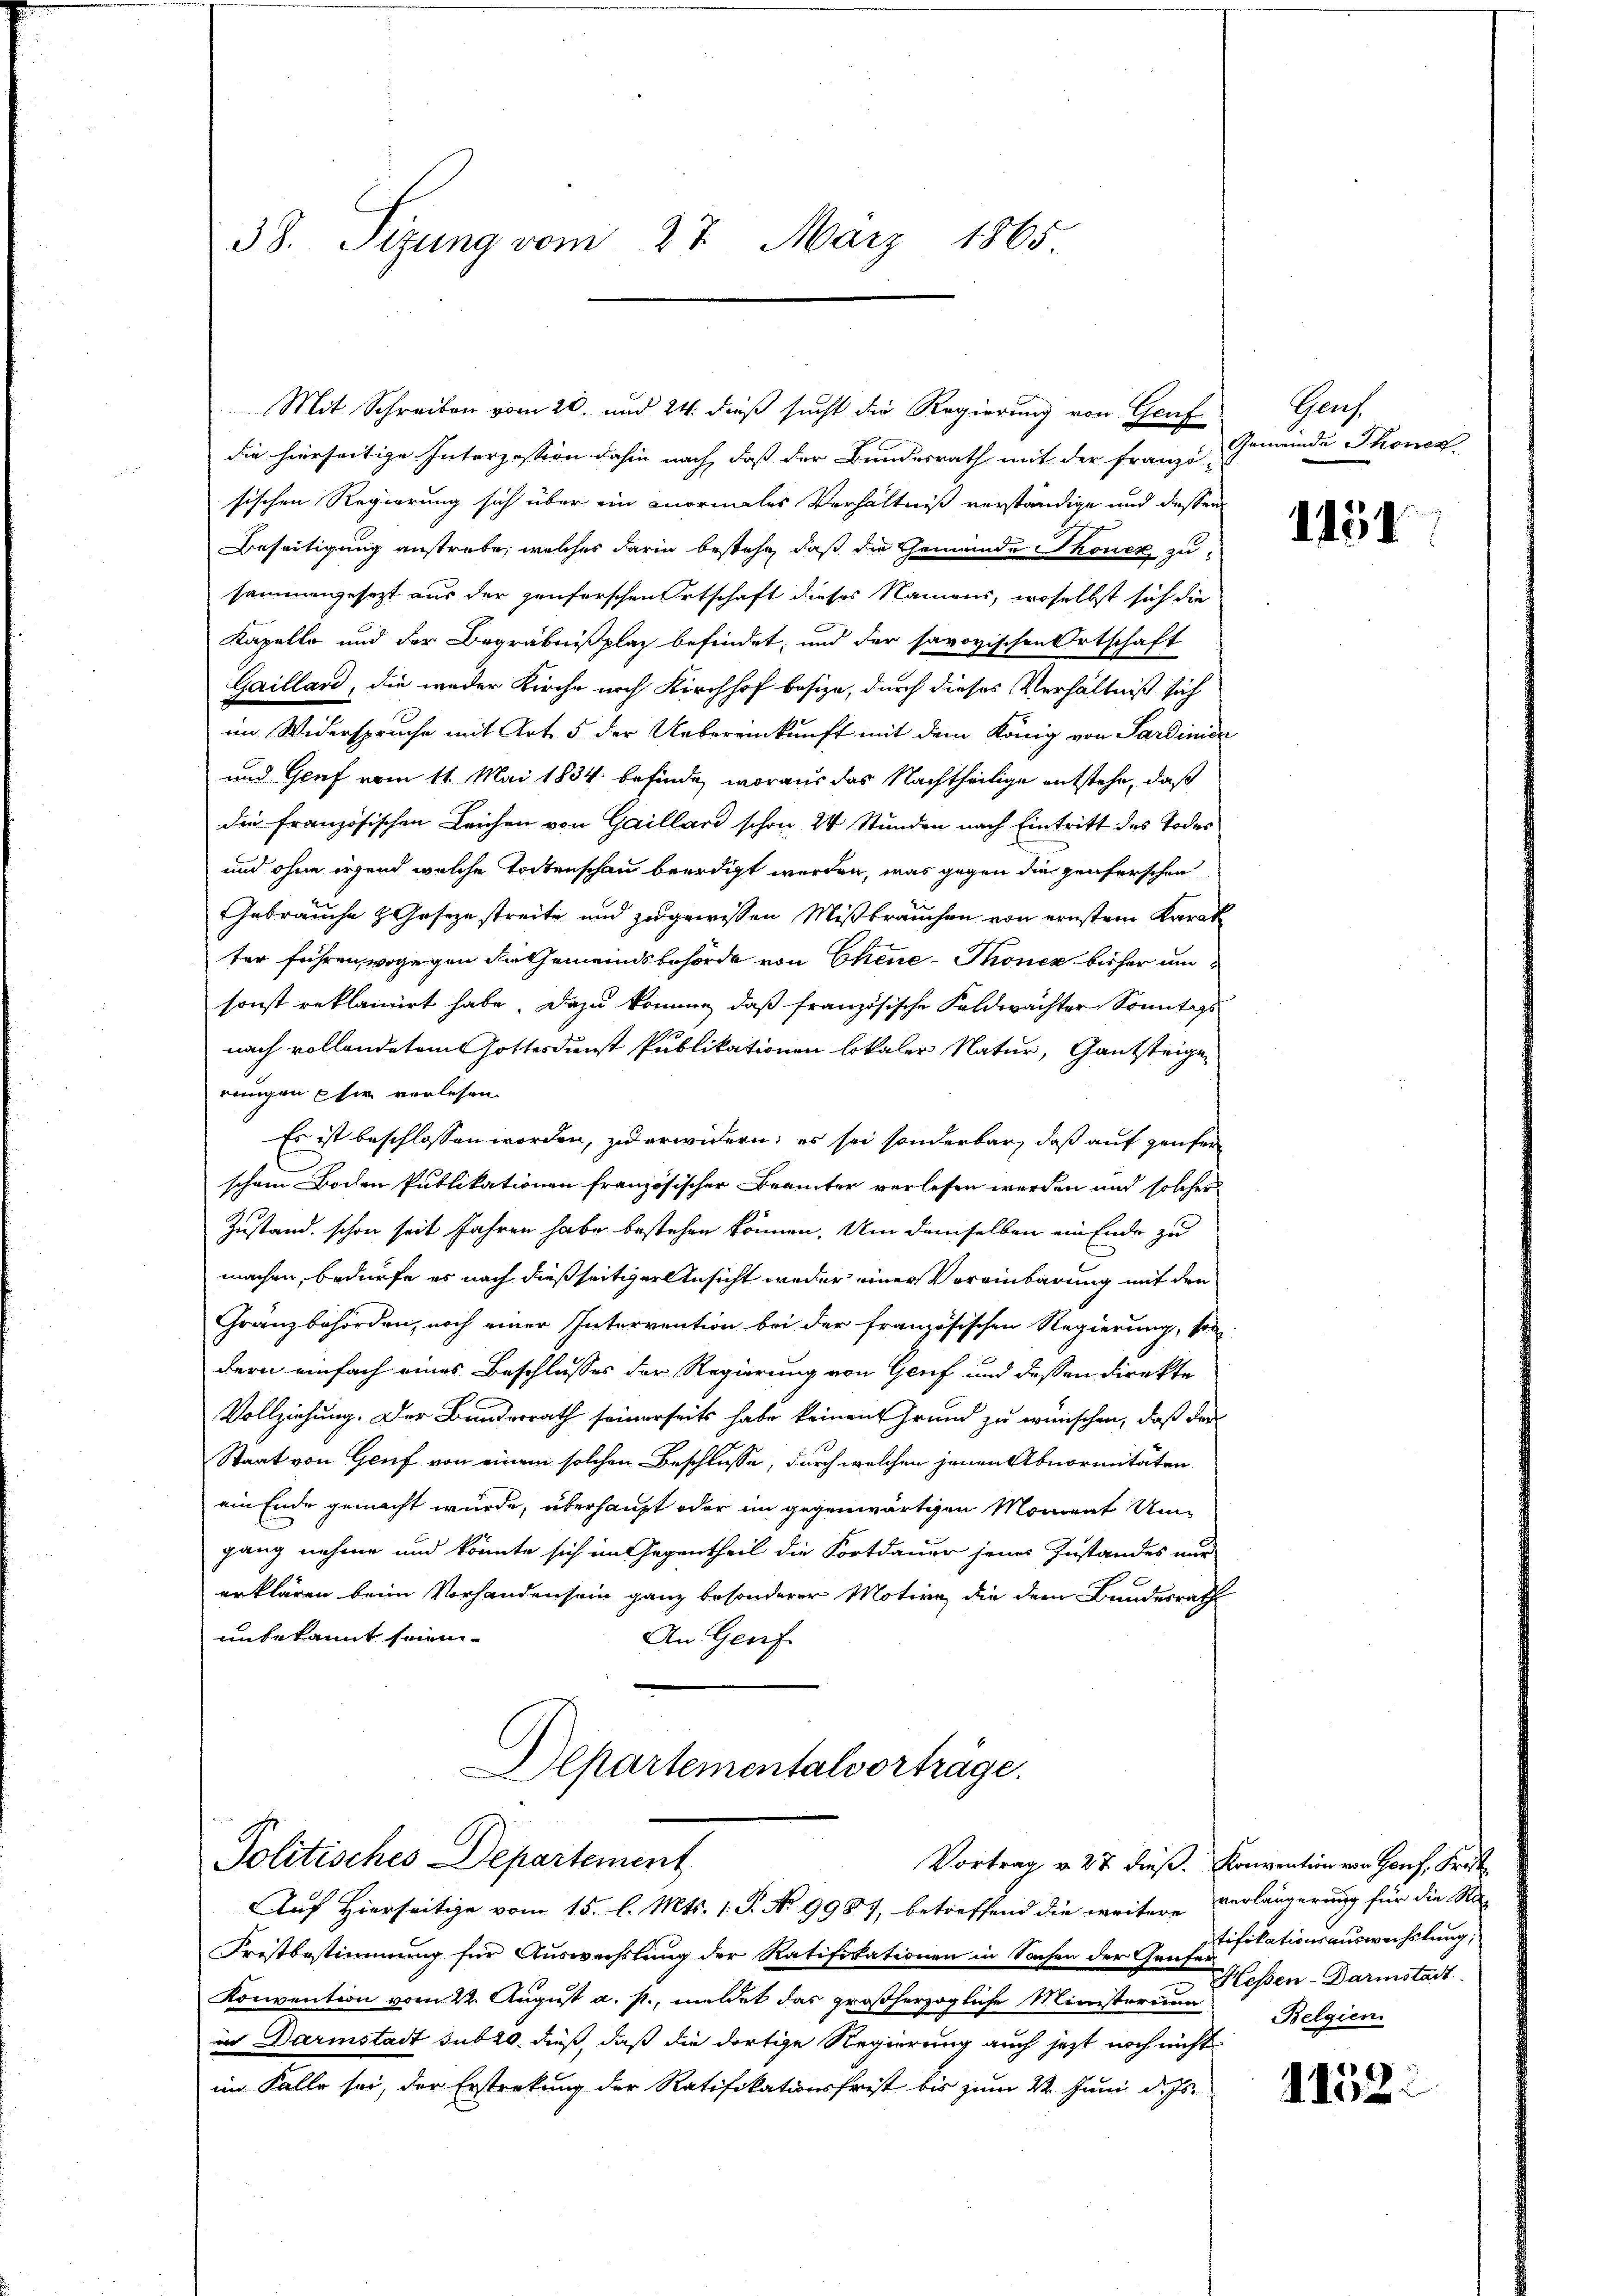
38. Sizung vom 27. März 1865.

Mit Schreiben vom 20. und 24. dieß sucht die Regierung von Genf
die hierseitige Interzession dahin nach, daß der Bundesrath mit der Franzö-
sischen Regierung sich über ein vormales Verhältniß verständige und diessen
Beseitigung anstrebe, welches darin bestehe, daß die Gemeinde Thoner zu
sammengesetzt aus der häuferschen Ortschaft dieses Namens, woselbst sich die
Kapelle und der Begräbnißplaz befindet; und der savoyischen Ortschaft
Gailland, die weder Kirche noch Kirchhof besize, durch dieses Verhältniß sich
im Widerspruche mit Art. 5 der Uebereinkunft mit dem König von Sardinien
und Graf vom 11. Mai 1834 befinde, woraus das Nachtheilige entstehe, daß
die französischen Leichen von Gaillard schon 24 Stunden nach Eintritt des Todes¬
und ohne irgend welche Tochtenschau beerdigt werden, was gegen die penferschen
Gebrauche z. Geseze streite und zugewissen Mißbrauchen von ernstem Karat
ter führen, wogegen der Gemeindsbehörde von Chene - Thoner bisher um
sonst reklainirt habe. Dazu können, daß französische Feldwachter Sonntags
nach vollendetem Gottesdienst Publikationen lokaler Natur, Gantsteigen
rengen sie verlesen.
Es ist beschlossen worden, zu erwidern, es sei sonderbar, daß auf gener
schon Boden Publikationen französischer Beamter verlesen werden und solcher
Zustand schon seit Jahren habe bestehen können. Um demselben ein Ende zu
machen, bedürfe es nach dießseitiger Ansicht weder einer Vereinbarung mit den
Gränzbehörden, noch einer Intervention bei der französischen Regierung, son
dern einfach eines Beschlusses der Regierung von Genf und dessen direkte
Vollziehung. Der Bunderrath seinerseits habe keinen Grund zu wünschen, daß der
Staat von Genf von einem solchen Beschlusse, durch welchen jenen Abnormitäten
ein Ende gemacht wurde, überhaupt oder im gegenwärtigen Moment Umgang nehme und könnte sich im Gegentheil die Fortdauer jenes Zustandes nur
erklären beim Vorhandensein ganz besonderer Motive die dem Bundesrath
unbekannt seien.
An Genf.
Departementalvorträge.

Politisches Departement
Auf Hierseitige vom 15. l. Mts. 1. P. No 9987, betreffend die weitere Verlängerung für die Sa

Fristbestimmung für Auswechslung der Ratifikationen in Sachen der Instifikationsauswechslung.
Konvention vom 22. August a. p., meldet das großherzogliche Minister u Kessen-Darmstadt
in Darmstadt sub 20. dieß, daß die dortige Regierung auch jetzt noch nicht
im Falle sei, der Erstreckung der Ratifikationsfrist bis zum 22. Juni d. Js.

Gruf
Gemeinde Thonen

1151

Vortrag v. 27. dieß. Konvention von Genf, Frist
Belgien.

1152.